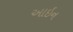
આઇન